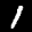
Label: 1